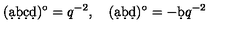
( \d a \d b \d c \d d ) ^ { \circ } = q ^ { - 2 } , \quad ( \d a \d b \d d ) ^ { \circ } = - \d b q ^ { - 2 }